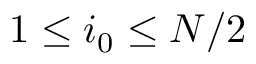
1 \le i _ { 0 } \le N / 2